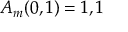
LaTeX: A _ { m } ( 0 , 1 ) = 1 , 1